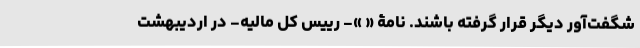
شگفت‌آور دیگر قرار گرفته باشند. نامۀ « »- رییس کل مالیه- در اردیبهشت